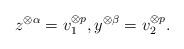
LaTeX: \begin{align*}z^{\otimes \alpha}=v_1^{\otimes p},y^{\otimes \beta}=v_2^{\otimes p}.\end{align*}